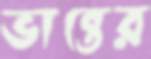
ভান্তের